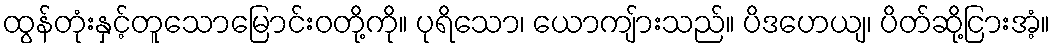
ထွန်တုံးနှင့်တူသောမြောင်းဝတို့ကို။ ပုရိသော၊ ယောကျ်ားသည်။ ပိဒဟေယျ၊ ပိတ်ဆို့ငြားအံ့။